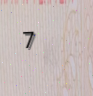
7